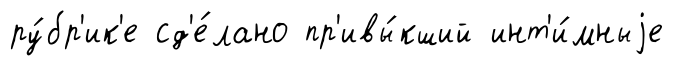
ру́бр'ик'е сд'е́лано пр'ивы́кший инт'и́мныjе